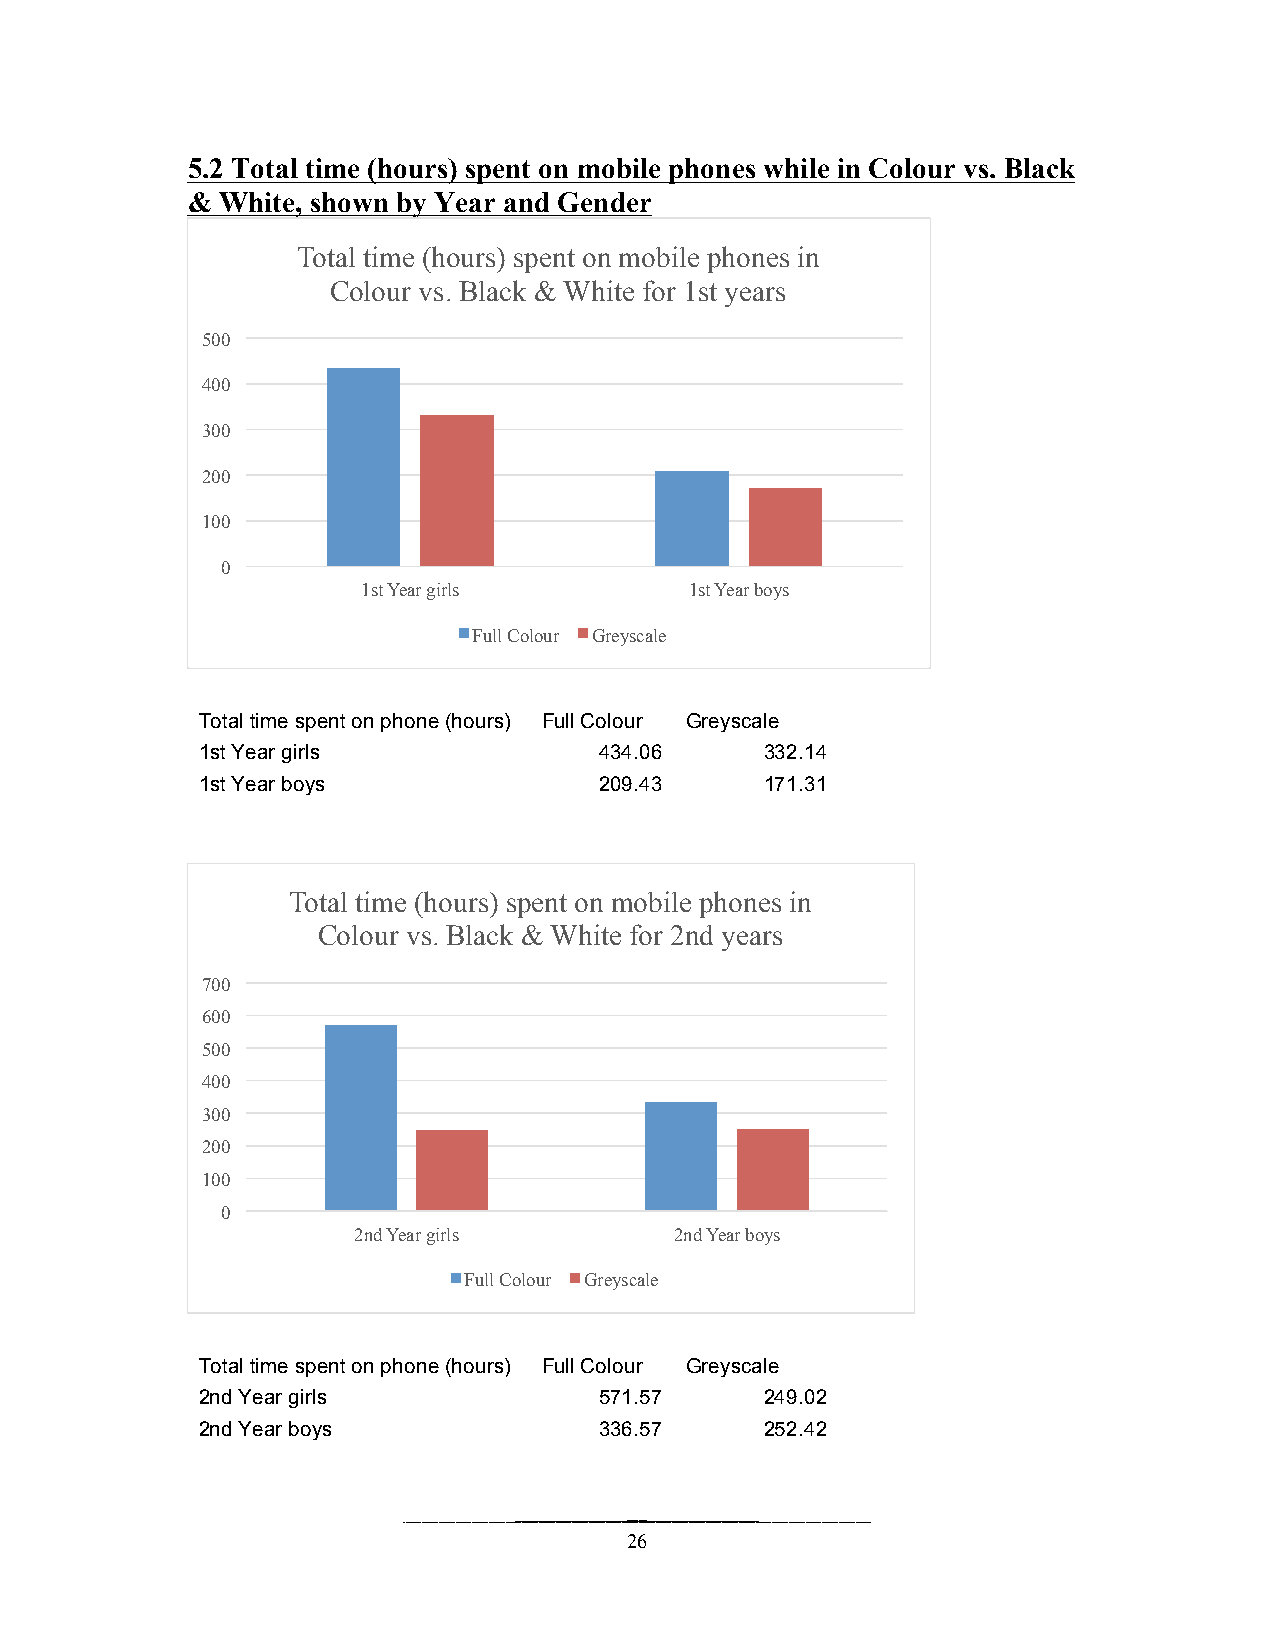
5.2 Total time (hours) spent on mobile phones while in Colour vs. Black
 &  White, shown by Year and Gender
 Total time (hours) spent on mobile phones in
 Colour vs. Black & White for 1st years
 500
 400
 300
 200
 100
 0
 1st Year girls        1st Year boys
 Full Colour Greyscale
 Total time spent on phone (hours) Full Colour Greyscale
 1st Year girls             434.06     332.14
 1st Year boys              209.43     171.31
 Total time (hours) spent on mobile phones in
 Colour vs. Black & White for 2nd years
 700
 600
 500
 400
 300
 200
 100
 0
 2nd Year girls        2nd Year boys
 Full Colour Greyscale
 Total time spent on phone (hours) Full Colour Greyscale
 2nd Year girls             571.57     249.02
 2nd Year boys              336.57     252.42
 26